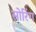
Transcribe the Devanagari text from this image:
सोरिंग